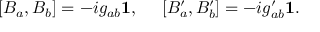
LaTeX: [ B _ { a } , B _ { b } ] = - i g _ { a b } { \bf 1 } , ~ ~ ~ ~ [ B _ { a } ^ { \prime } , B _ { b } ^ { \prime } ] = - i g _ { a b } ^ { \prime } { \bf 1 } .